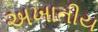
અખાતીય